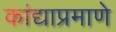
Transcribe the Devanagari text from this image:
कांद्याप्रमाणे